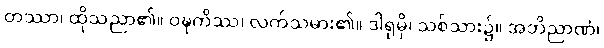
တဿာ၊ ထိုသညာ၏။ ဝဍ္ဎကိဿ၊ လက်သမား၏။ ဒါရုမှိ၊ သစ်သား၌။ အဘိညာဏံ၊